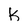
Character: K